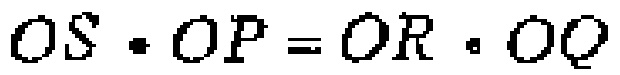
\(OS\cdot OP = OR\cdot OQ\)